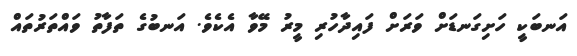
އަނބަކީ ހަށިގަނޑަށް ވަރަށް ފައިދާހުރި މީރު މޭވާ އެކެވެ. އަނބުގެ ތަފާތު ވައްތަރުތައް